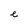
Character: e